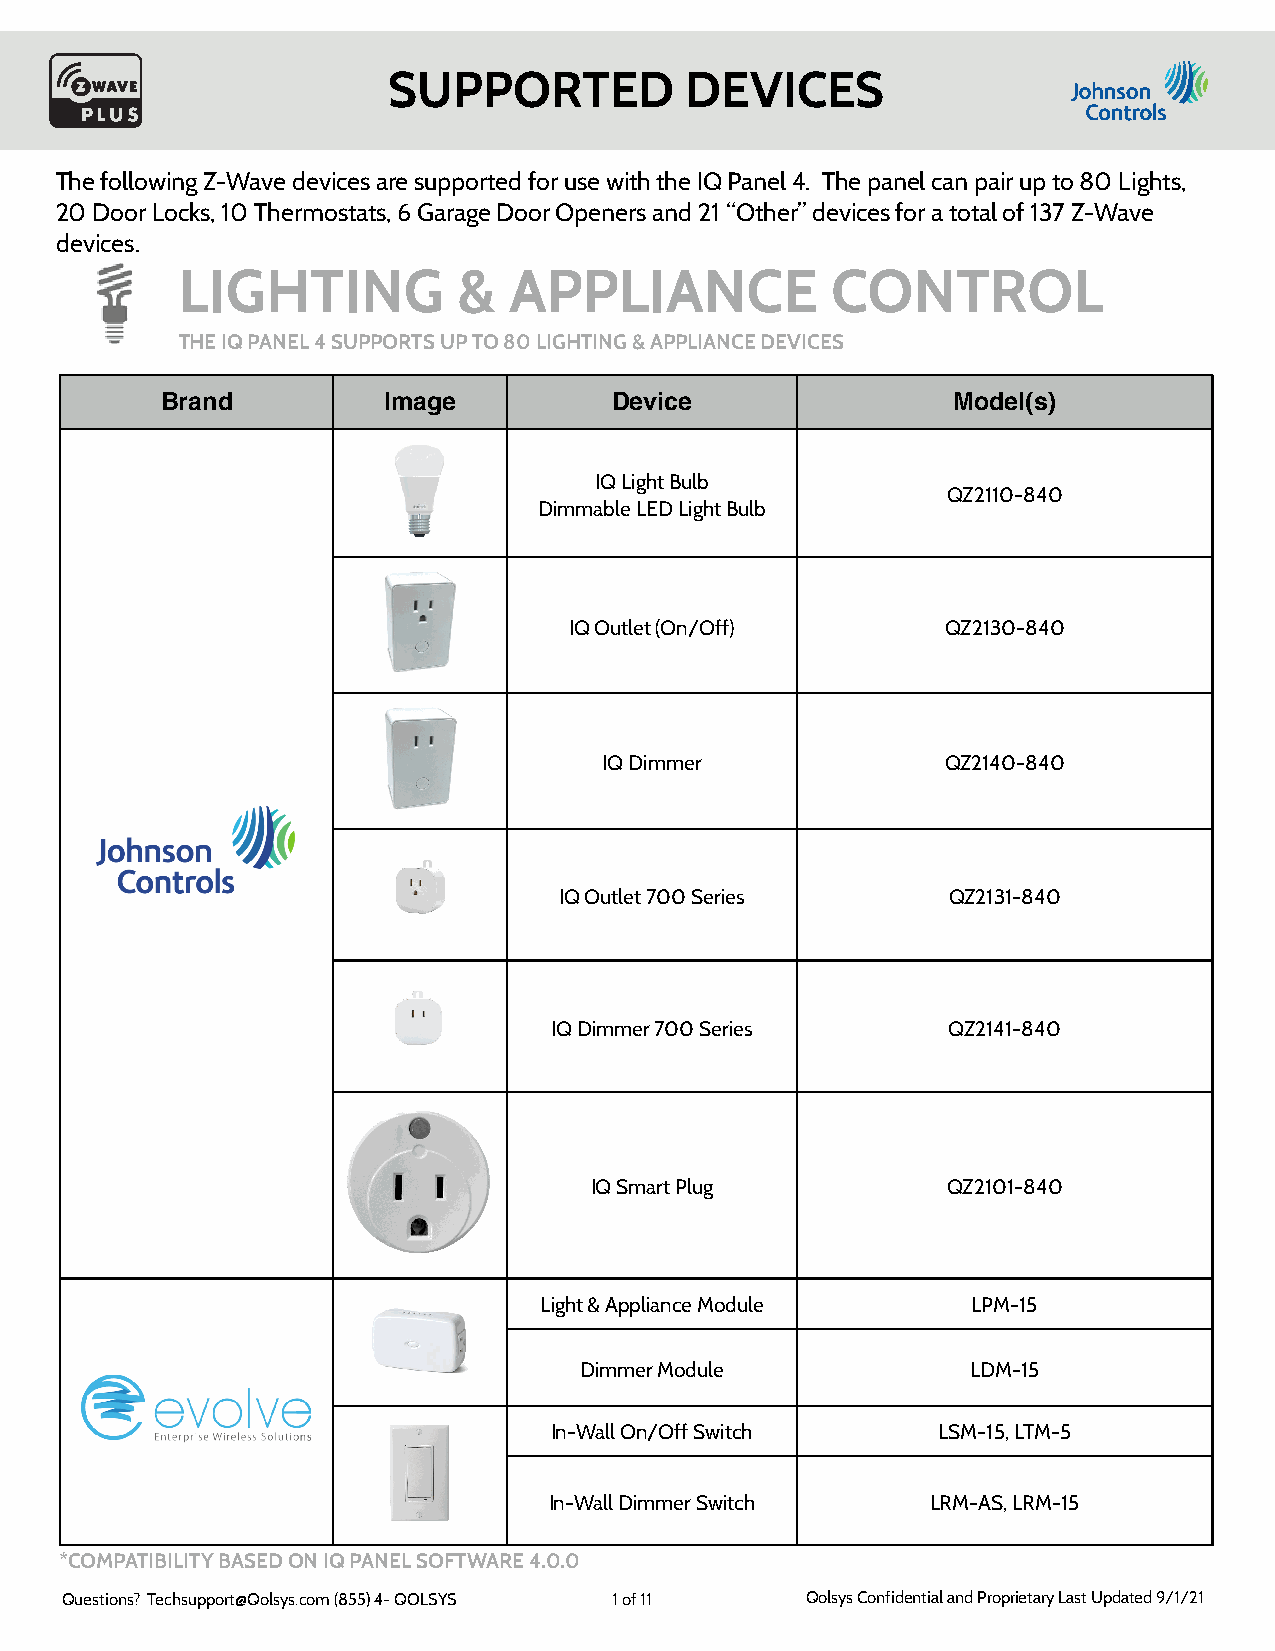
SUPPORTED          DEVICES
 The following Z-Wave devices are supported for use with the IQ Panel 4. The panel can pair up to 80 Lights,
 20 Door Locks, 10 Thermostats, 6 Garage Door Openers and 21 “Other” devices for a total of 137 Z-Wave
 devices.
 LIGHTING          &   APPLIANCE            CONTROL
 THE IQ PANEL 4 SUPPORTS UP TO 80 LIGHTING & APPLIANCE DEVICES
 Brand         Image          Device                 Model(s)
 IQ Light Bulb
 QZ2110-840
 Dimmable LED Light Bulb
 IQ Outlet (On/Off)       QZ2130-840
 IQ Dimmer              QZ2140-840
 IQ Outlet 700 Series      QZ2131-840
 IQ Dimmer 700 Series       QZ2141-840
 IQ Smart Plug           QZ2101-840
 Light & Appliance Module    LPM-15
 Dimmer Module             LDM-15
 In-Wall On/Off Switch     LSM-15, LTM-5
 In-Wall Dimmer Switch     LRM-AS, LRM-15
 *COMPATIBILITY BASED ON IQ PANEL SOFTWARE 4.0.0
 Questions? Techsupport@Qolsys.com (855) 4- QOLSYS 1 of 11 Qolsys Confidential and Proprietary Last Updated 9/1/21